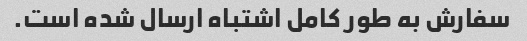
سفارش به طور کامل اشتباه ارسال شده است.